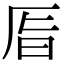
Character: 𠩊